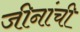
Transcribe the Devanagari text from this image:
जीनांची